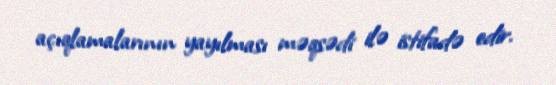
açıqlamalarının yayılması məqsədi ilə istifadə edir.